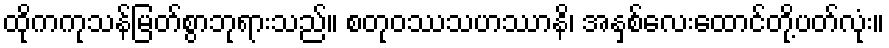
ထိုကကုသန်မြတ်စွာဘုရားသည်။ စတုဝဿသဟဿာနိ၊ အနှစ်လေးထောင်တို့ပတ်လုံး။